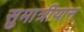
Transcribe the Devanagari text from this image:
सुमात्रीयान